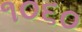
૧૦૬૦